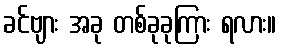
ခင်ဗျား အခု တစ်ခုခုကြား ရလား။